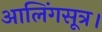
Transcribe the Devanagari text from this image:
आलिंगसूत्र।